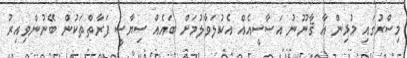
މިސްރުގައި މުޅިން އާ ޤާނޫނު އަސާސީއެއް އެކުލަވާލުމަށް ބައެއް ސިޔާސީ ފަރާތްތަކުން ބޭނުންވިއިރު